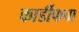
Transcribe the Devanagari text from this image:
कार्डीफचा